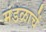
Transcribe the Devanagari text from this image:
मंडळाचें